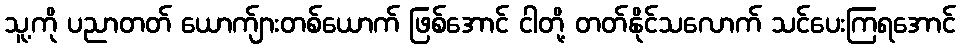
သူ့ကို ပညာတတ် ယောက်ျားတစ်ယောက် ဖြစ်အောင် ငါတို့ တတ်နိုင်သလောက် သင်ပေးကြရအောင်